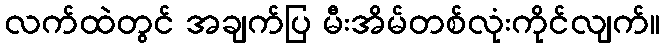
လက်ထဲတွင် အချက်ပြ မီးအိမ်တစ်လုံးကိုင်လျက်။